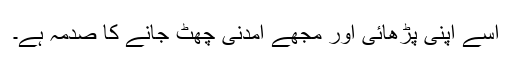
اسے اپنی پڑھائی اور مجھے آمدنی چھٹ جانے کا صدمہ ہے۔